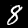
Label: 8